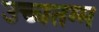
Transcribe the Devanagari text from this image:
उच्चतम्म